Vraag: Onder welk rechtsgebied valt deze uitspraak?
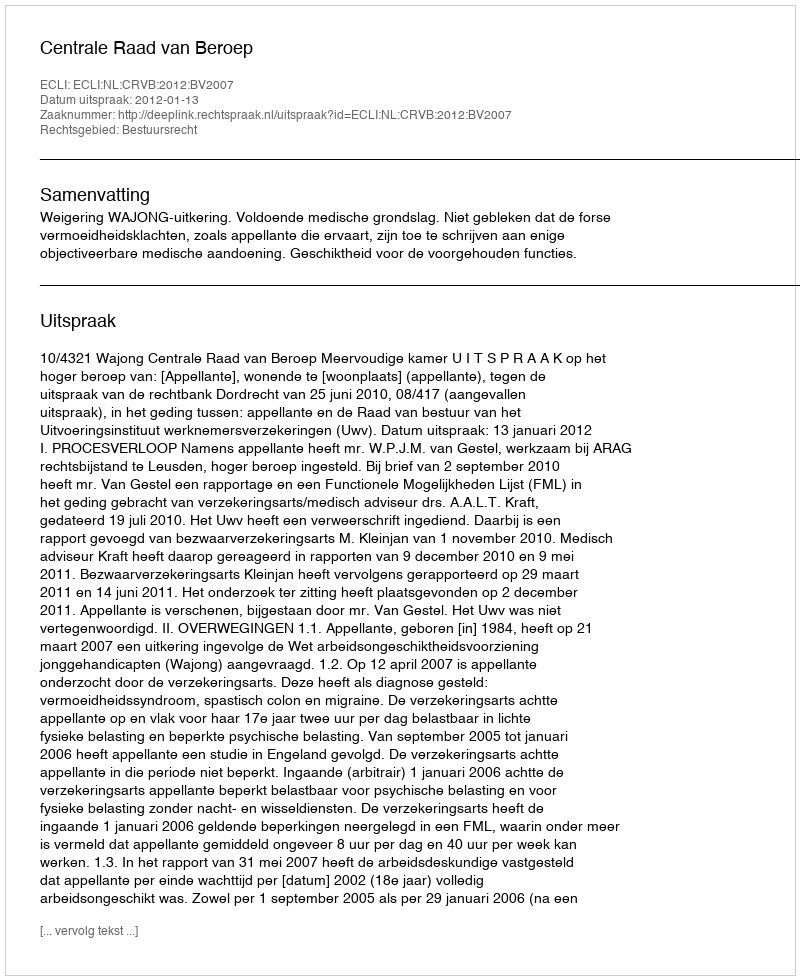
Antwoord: Bestuursrecht